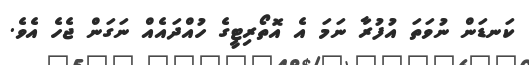
ކަނޑަން ނުވަތަ އުފުރާ ނަމަ އެ އޮތޯރިޓީގެ ހުއްދައެއް ނަގަން ޖެހެ އެވެ.